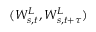
( W _ { s , t } ^ { L } , W _ { s , t + \tau } ^ { L } )